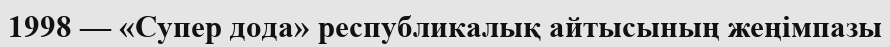
1998 — «Супер дода» республикалық айтысының жеңімпазы